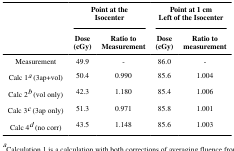
<table><thead><tr><td></td><td colspan="2"><b>Point at theIsocenter</b></td><td colspan="2"><b>Point at 1 cmLeft of the Isocenter</b></td></tr><tr><td></td><td><b>Dose(cGy)</b></td><td><b>Ratio toMeasurement</b></td><td><b>Dose(cGy)</b></td><td><b>Ratio tomeasurement</b></td></tr></thead><tbody><tr><td>Measurement</td><td>49.9</td><td>-</td><td>86.0</td><td>-</td></tr><tr><td>Calc 1a (3ap+vol)</td><td>50.4</td><td>0.990</td><td>85.6</td><td>1.004</td></tr><tr><td>Calc 2b (vol only)</td><td>42.3</td><td>1.180</td><td>85.4</td><td>1.006</td></tr><tr><td>Calc 3c (3ap only)</td><td>51.3</td><td>0.971</td><td>85.8</td><td>1.001</td></tr><tr><td>Calc 4d (no corr)</td><td>43.5</td><td>1.148</td><td>85.6</td><td>1.003</td></tr></tbody></table>